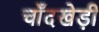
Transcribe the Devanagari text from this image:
चाँदखेड़ी